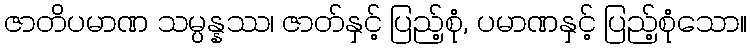
ဇာတိပမာဏ သမ္ပန္နဿ၊ ဇာတ်နှင့် ပြည့်စုံ, ပမာဏနှင့် ပြည့်စုံသော။